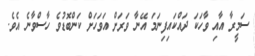
ސަމީރާ އާއި ވާހަކަ ދައްކައިފިނަމަ އޭނާ ވަރަށް އަވަހަށް ކަންބޮޑުވެ ހާސްވާނެ އެވެ.